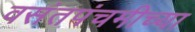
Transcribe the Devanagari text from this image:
वसंतपंचमीच्या